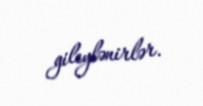
gileylənirlər.